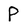
Character: P